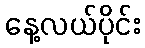
နေ့လယ်ပိုင်း